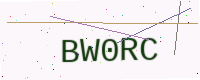
Text: BW0RC